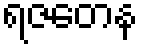
ရဇတေန